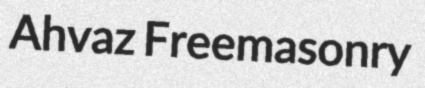
Ahvaz Freemasonry